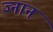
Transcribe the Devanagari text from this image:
ज्नान